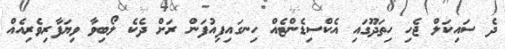
ދެ ސައިކަލް ޖެހި ހިތަދޫގައި އެކްސިޑެންޓެއް ހިނގައިފިއުފަން ރަށް ދެކެ ލޯބިވާ ވިޔަފާރިވެރިއެއް